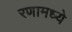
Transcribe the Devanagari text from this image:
रणामध्ये